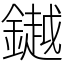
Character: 𨬓